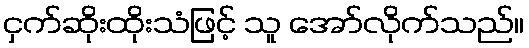
ငှက်ဆိုးထိုးသံဖြင့် သူ အော်လိုက်သည်။